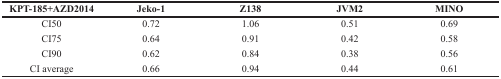
<table><thead><tr><td><b>KPT-185+AZD2014</b></td><td><b>Jeko-1</b></td><td><b>Z138</b></td><td><b>JVM2</b></td><td><b>MINO</b></td></tr></thead><tbody><tr><td>CI50</td><td>0.72</td><td>1.06</td><td>0.51</td><td>0.69</td></tr><tr><td>CI75</td><td>0.64</td><td>0.91</td><td>0.42</td><td>0.58</td></tr><tr><td>CI90</td><td>0.62</td><td>0.84</td><td>0.38</td><td>0.56</td></tr><tr><td>CI average</td><td>0.66</td><td>0.94</td><td>0.44</td><td>0.61</td></tr></tbody></table>